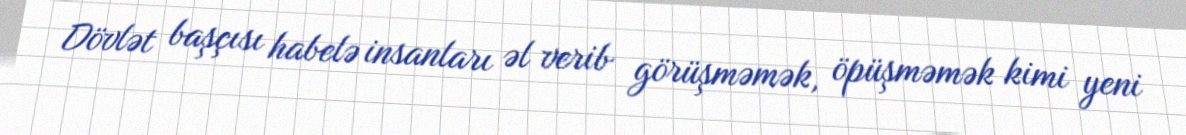
Dövlət başçısı habelə insanları əl verib görüşməmək, öpüşməmək kimi yeni